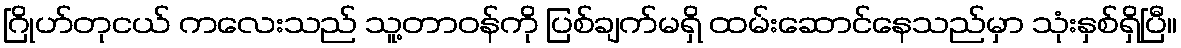
ဂြိုဟ်တုငယ် ကလေးသည် သူ့တာဝန်ကို ပြစ်ချက်မရှိ ထမ်းဆောင်နေသည်မှာ သုံးနှစ်ရှိပြီ။